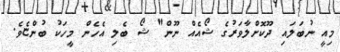
މިއީ ނުބަލައި ދޫކޮށްލާވަރުގެ ޝޯއެއް ނޫން" ޝޯ ބެލި އެހެން މީހަކު ބުންޏެވެ.